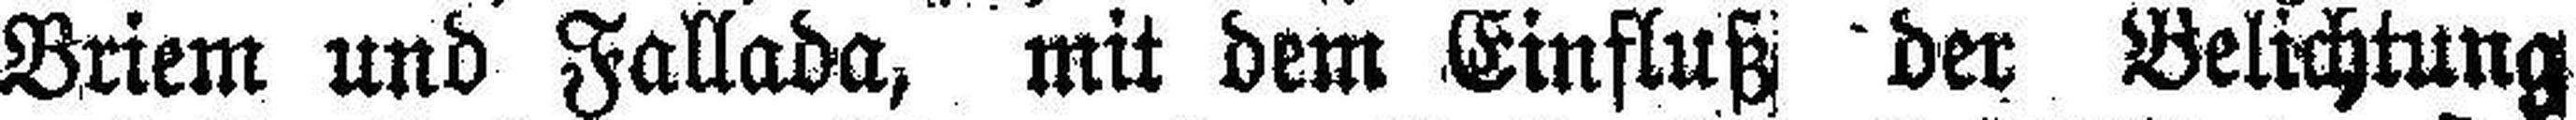
Briem und Fallada, mit dem Einfluß der Belichtung